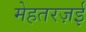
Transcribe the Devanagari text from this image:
मेहतरज़ई